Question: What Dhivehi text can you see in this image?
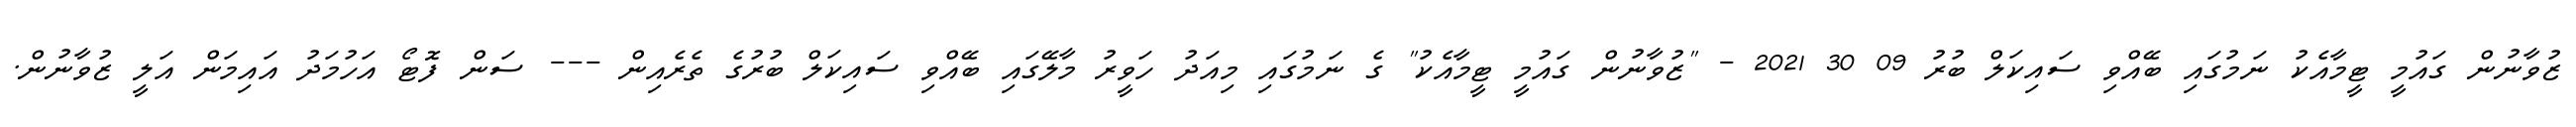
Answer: ޒުވާނުން ގައުމީ ޓީމާއެކު ނަމުގައި ބޭއްވި ސައިކަލް ބުރު 09 30 2021 - "ޒުވާނުން ގައުމީ ޓީމާއެކު" ގެ ނަމުގައި މިއަދު ހަވީރު މާލޭގައި ބޭއްވި ސައިކަލް ބުރުގެ ތެރެއިން --- ސަން ފޮޓޯ އަހުމަދު އައިމަން އަލީ ޒުވާނުން.